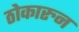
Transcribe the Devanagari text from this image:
ठोकारुन